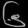
Digit: ၆